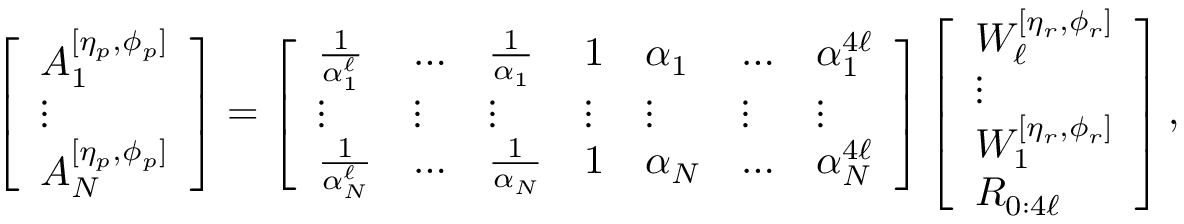
\begin{array} { r } { \left[ \begin{array} { l } { A _ { 1 } ^ { [ \eta _ { p } , \phi _ { p } ] } } \\ { \vdots } \\ { A _ { N } ^ { [ \eta _ { p } , \phi _ { p } ] } } \end{array} \right] = \left[ \begin{array} { l l l l l l l } { \frac { 1 } { \alpha _ { 1 } ^ { \ell } } } & { \dotsc } & { \frac { 1 } { \alpha _ { 1 } } } & { 1 } & { \alpha _ { 1 } } & { \dotsc } & { \alpha _ { 1 } ^ { 4 \ell } } \\ { \vdots } & { \vdots } & { \vdots } & { \vdots } & { \vdots } & { \vdots } & { \vdots } \\ { \frac { 1 } { \alpha _ { N } ^ { \ell } } } & { \dotsc } & { \frac { 1 } { \alpha _ { N } } } & { 1 } & { \alpha _ { N } } & { \dotsc } & { \alpha _ { N } ^ { 4 \ell } } \end{array} \right] \left[ \begin{array} { l } { W _ { \ell } ^ { [ \eta _ { r } , \phi _ { r } ] } } \\ { \vdots } \\ { W _ { 1 } ^ { [ \eta _ { r } , \phi _ { r } ] } } \\ { R _ { 0 : 4 \ell } } \end{array} \right] , } \end{array}